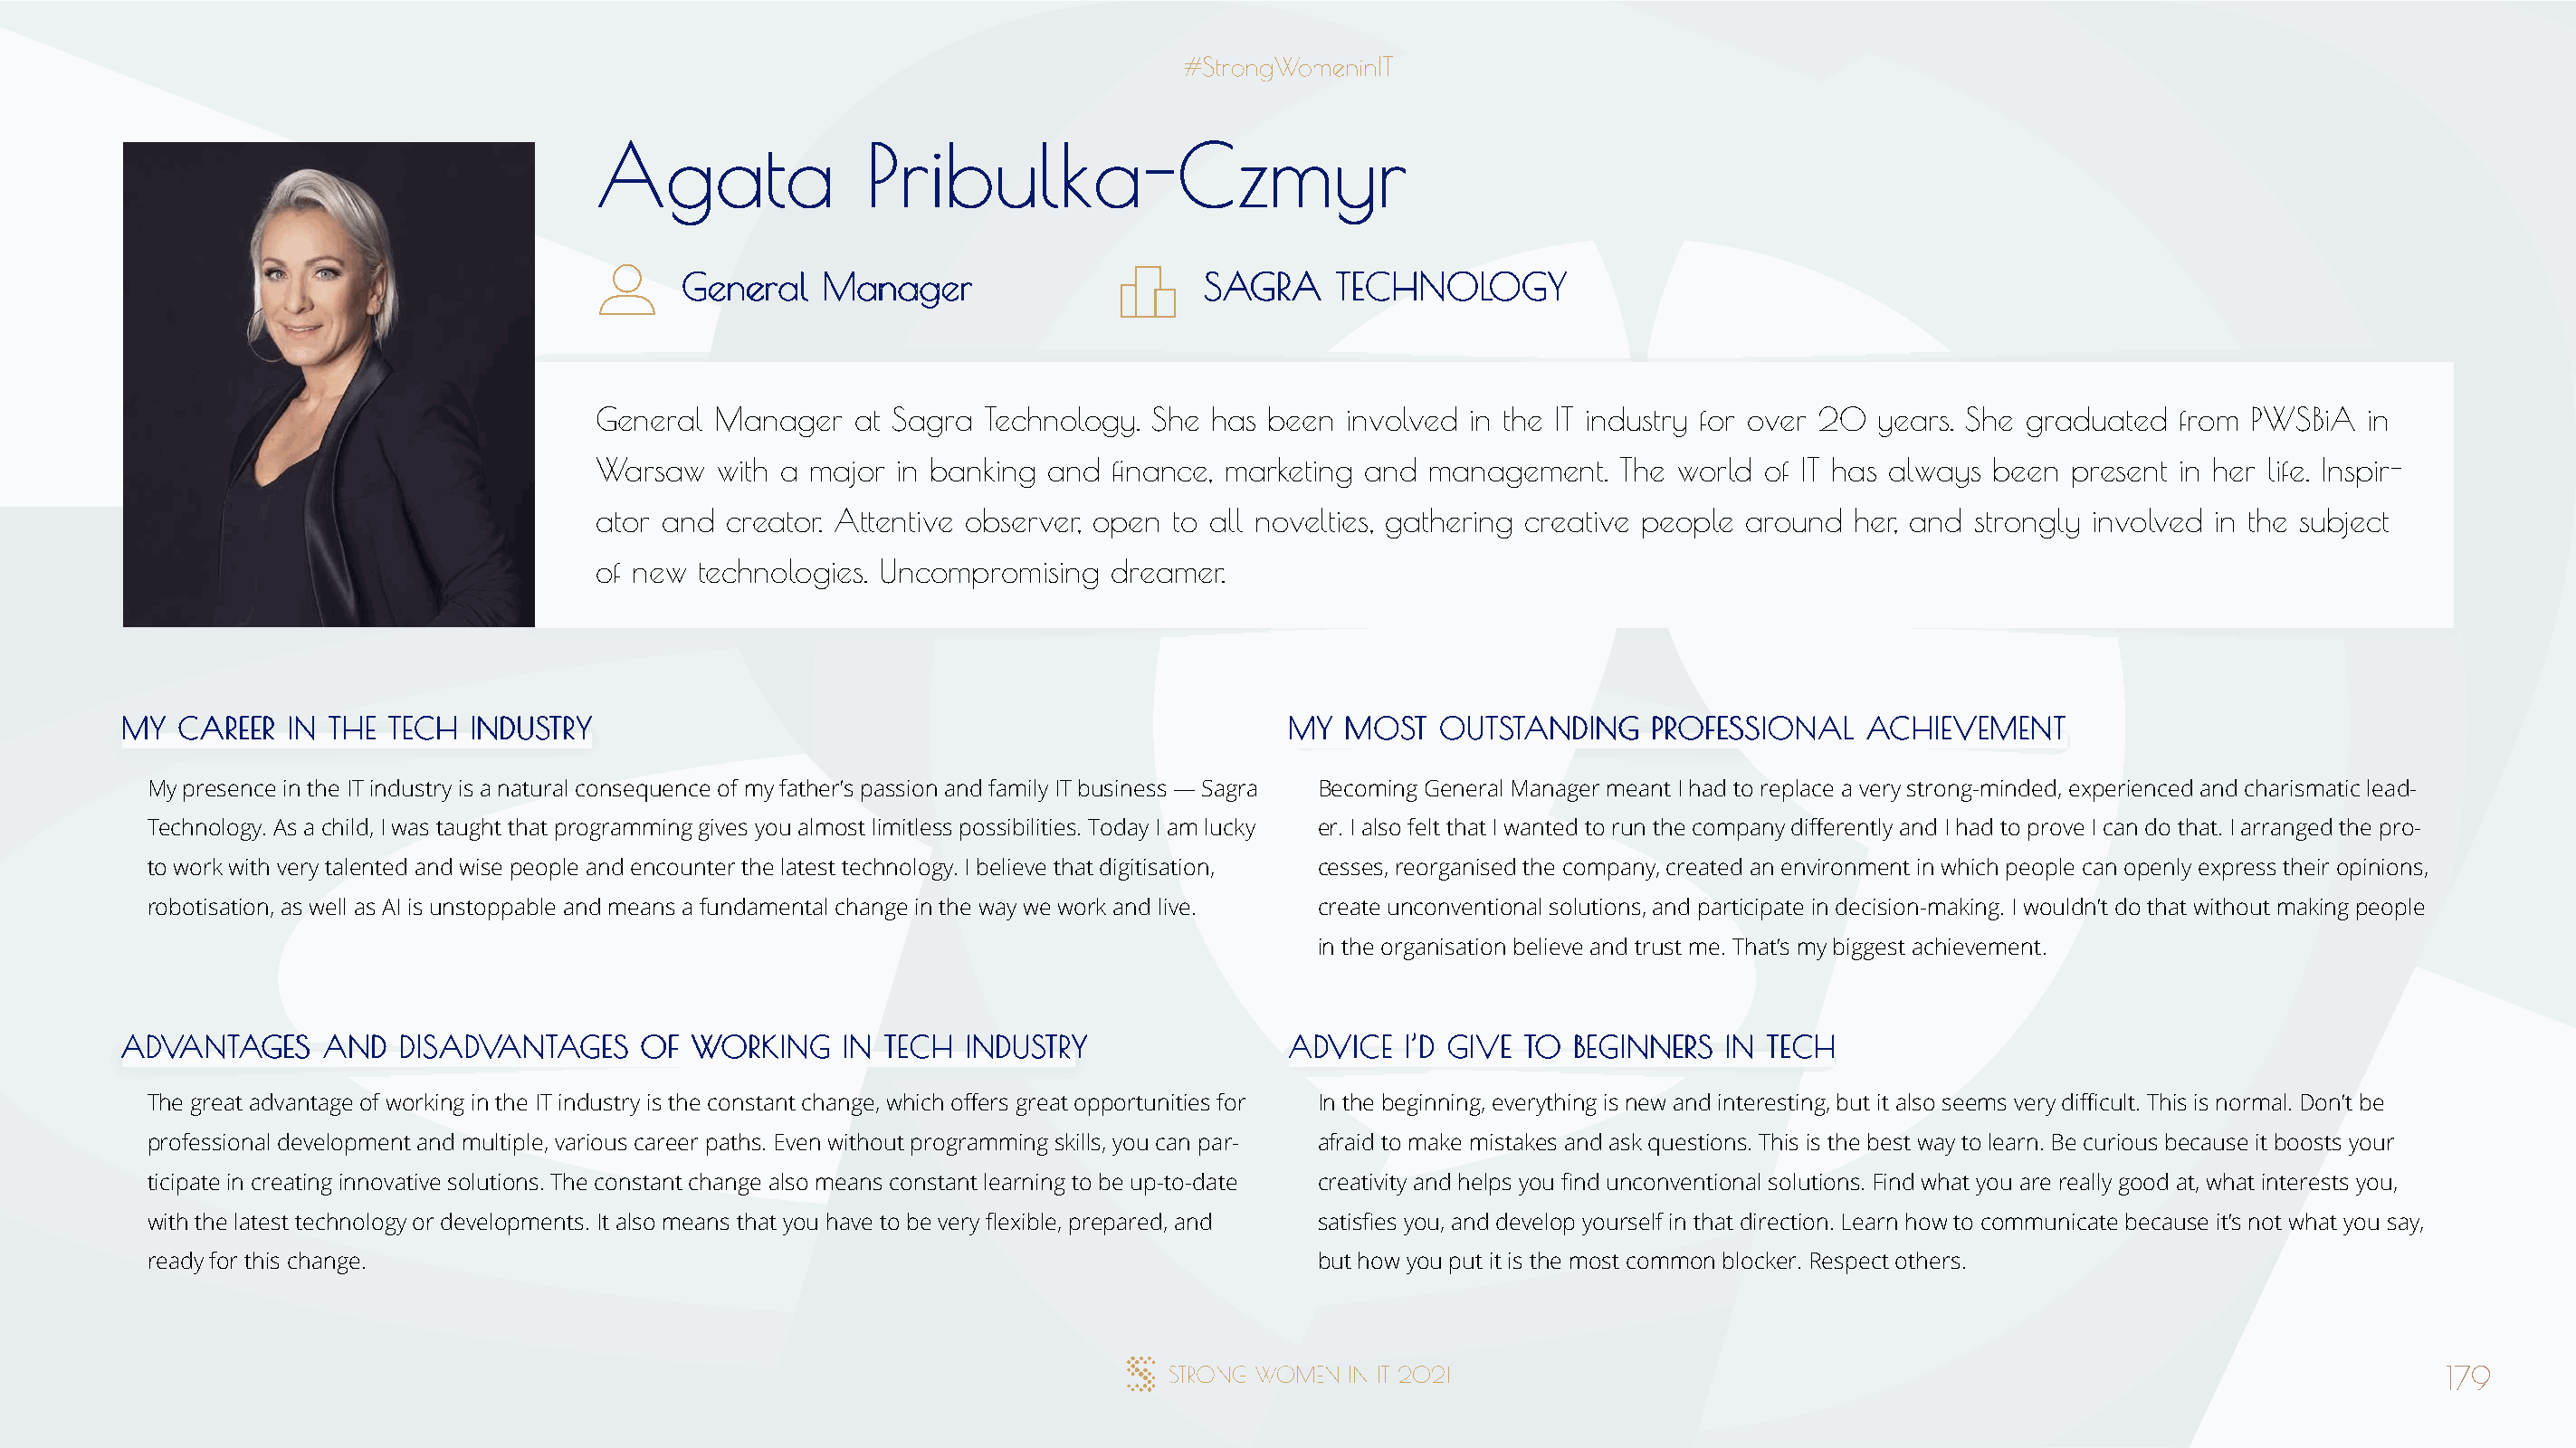
AAggaattaa         PPrriibbuullkkaa--CCzzmmyyrr
 GGeenneerraall MMaannaaggeerr         SSAAGGRRAA TTEECCHHNNOOLLOOGGYY
 General Manager    at Sagra Technology. She  has been involved in the IT industry for over 20 years. She graduated from  PWSBiA  in
 Warsaw  with a major  in banking and finance, marketing and management.   The  world of IT has always been present in her life. Inspir-
 ator and creator. Attentive observer, open to all novelties, gathering creative people around her, and strongly involved in the subject
 of new technologies. Uncompromising  dreamer.
 MMYY CCAARREEEERR IINN TTHHEE TTEECCHH IINNDDUUSSTTRRYY                              MMYY MMOOSSTT OOUUTTSSTTAANNDDIINNGG PPRROOFFEESSSSIIOONNAALL AACCHHIIEEVVEEMMEENNTT
 My presence in the IT industry is a natural consequence of my father’s passion and family IT business — Sagra Becoming General Manager meant I had to replace a very strong-minded, experienced and charismatic lead-
 Technology. As a child, I was taught that programming gives you almost limitless possibilities. Today I am lucky er. I also felt that I wanted to run the company differently and I had to prove I can do that. I arranged the pro-
 to work with very talented and wise people and encounter the latest technology. I believe that digitisation, cesses, reorganised the company, created an environment in which people can openly express their opinions,
 robotisation, as well as AI is unstoppable and means a fundamental change in the way we work and live. create unconventional solutions, and participate in decision-making. I wouldn’t do that without making people
 in the organisation believe and trust me. That’s my biggest achievement.
 AADDVVAANNTTAAGGEESS AANNDD DDIISSAADDVVAANNTTAAGGEESS OOFF WWOORRKKIINNGG IINN TTEECCHH IINNDDUUSSTTRRYY AADDVVIICCEE II’’DD GGIIVVEE TTOO BBEEGGIINNNNEERRSS IINN TTEECCHH
 The great advantage of working in the IT industry is the constant change, which offers great opportunities for In the beginning, everything is new and interesting, but it also seems very difficult. This is normal. Don’t be
 professional development and multiple, various career paths. Even without programming skills, you can par- afraid to make mistakes and ask questions. This is the best way to learn. Be curious because it boosts your
 ticipate in creating innovative solutions. The constant change also means constant learning to be up-to-date creativity and helps you find unconventional solutions. Find what you are really good at, what interests you,
 with the latest technology or developments. It also means that you have to be very flexible, prepared, and satisfies you, and develop yourself in that direction. Learn how to communicate because it’s not what you say,
 ready for this change.                                                               but how you put it is the most common blocker. Respect others.
 179